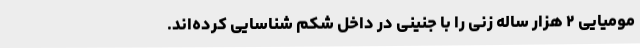
مومیایی ۲ هزار ساله زنی را با جنینی در داخل شکم شناسایی کرده‌اند.